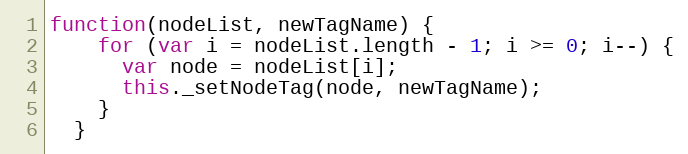
Language: JavaScript
function(nodeList, newTagName) {
    for (var i = nodeList.length - 1; i >= 0; i--) {
      var node = nodeList[i];
      this._setNodeTag(node, newTagName);
    }
  }